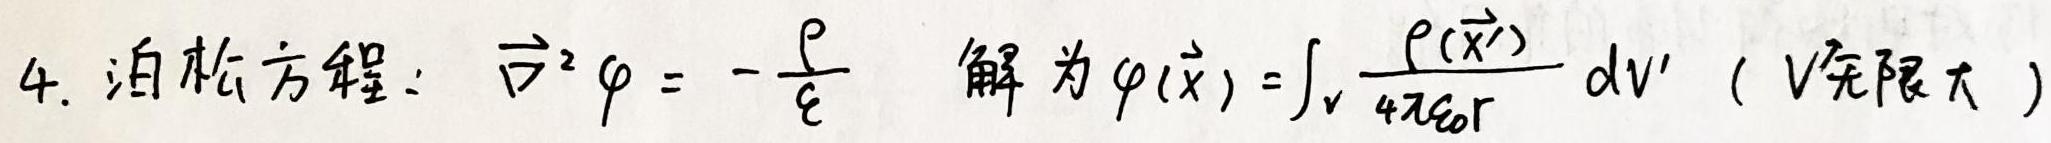
4. 泊松方程：$\vec{\nabla}^2 \varphi = -\frac{\rho}{\varepsilon}$ 解为 $\varphi(\vec{x}) = \int_{V'} \frac{\rho(\vec{x}')}{4\pi \varepsilon_0 r} \mathrm{d}V'$（$V'$无限大）